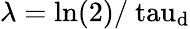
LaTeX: \lambda=\mathrm{{ln}(2)/\ tau_{\mathrm{d}}}